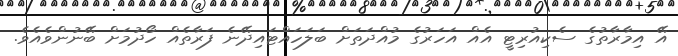
އޭ އިމާރާތުގެ ސެކިއުރިޓީ އެއް އަހަރުގެ މުއްދަތަށް ބަލަހައްޓައިދޭނެ ފަރާތެއް ހޯދުމަށް ބޭނުންވެއެވެ.